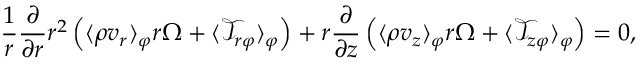
\frac { 1 } { r } \frac { \partial } { \partial r } r ^ { 2 } \left( \langle \rho v _ { r } \rangle _ { \varphi } r \Omega + \langle \mathcal { T } _ { r \varphi } \rangle _ { \varphi } \right) + r \frac { \partial } { \partial z } \left( \langle \rho v _ { z } \rangle _ { \varphi } r \Omega + \langle \mathcal { T } _ { z \varphi } \rangle _ { \varphi } \right) = 0 ,